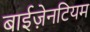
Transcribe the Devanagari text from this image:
बाईज़ेनटियम